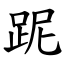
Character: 跜